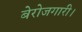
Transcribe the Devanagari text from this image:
बेरोजगारी।